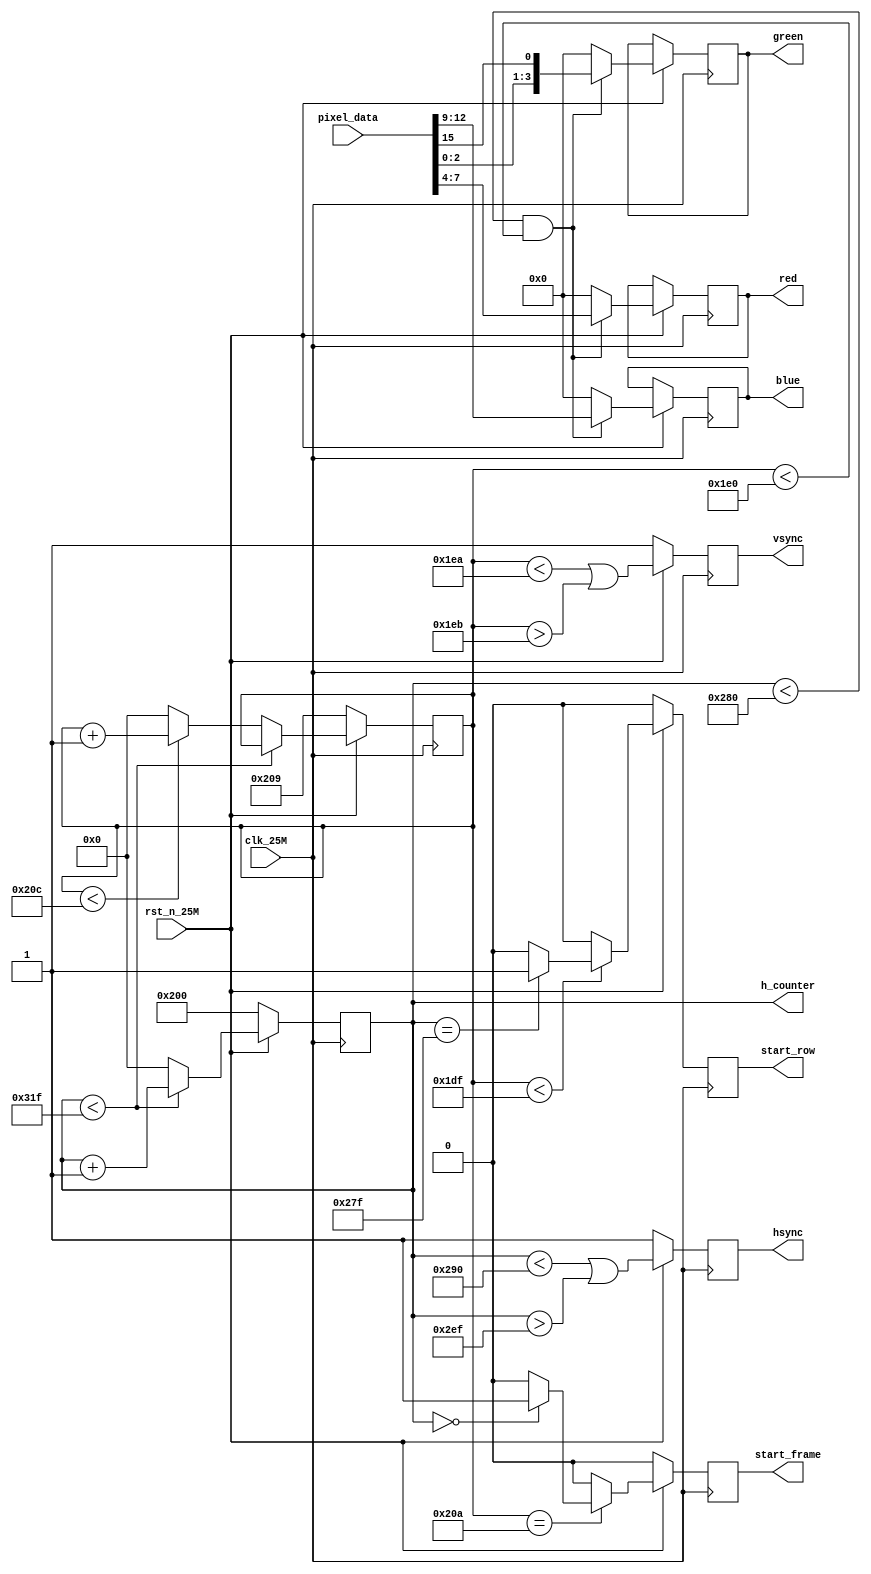
module vga_controller(
	input clk_25M,
	input rst_n_25M,
	input [15:0] pixel_data,

	output reg [9:0] h_counter, // h_counter as output, as it is needed for the pixel_address of the row buffer
	output reg vsync,
	output reg hsync,
	output reg [3:0] red,
	output reg [3:0] green,
	output reg [3:0] blue,

	output reg start_frame,
	output reg start_row
);


	reg[9:0] v_counter;

	always@(posedge clk_25M) begin
		if(~rst_n_25M) begin
			vsync <= 1'b1;
			hsync <= 1'b1;

			h_counter <= 10'h600;
			v_counter <= 10'd521;

			start_frame <= 1'b0;
			start_row <= 1'b0;

		end else begin
			if (h_counter < 799) begin
				h_counter <= h_counter + 1;
			end else begin
				h_counter <= 10'b0;
				if (v_counter < 524) begin
					v_counter <= v_counter + 1;
				end else begin
					v_counter <= 10'b0;
				end
			end

			if(v_counter == 522) begin
				if(h_counter == 0) begin
					start_frame <= 1'b1; //Asserted to let the row buffer know when to start reading a new frame
				end else begin
					start_frame <= 1'b0;
				end
			end else begin
				start_frame <= 1'b0;
			end

			if (v_counter < 479) begin
				if(h_counter == 639) begin
					start_row <= 1'b1;  //Asserted to let the row buffer know when to start reading a new row
				end else begin
					start_row <= 1'b0;
				end
			end else begin
				start_row <= 1'b0;
			end


			hsync <= (h_counter < 656 || h_counter > 751);
			vsync <= (v_counter < 490 || v_counter > 491);


			// Bytes are inverted as Row buffer address 0x0 actually returns the 16nth byte of the 128bit rd_data
			// red   ---> pixel_data[7:3]
			// green ---> pixel_data[3:0], pixel_data[15:13]
			// blue  ---> pixel_data[12:8]



			if (h_counter < 640 && v_counter < 480) begin
				red <= pixel_data[7:4];
				green <= {pixel_data[2:0], pixel_data[15]};
				blue <= pixel_data[12:9];
			end else begin
				red <= 2'b0;
				green <= 2'b0;
				blue <= 2'b0;
			end


		end

	end

endmodule